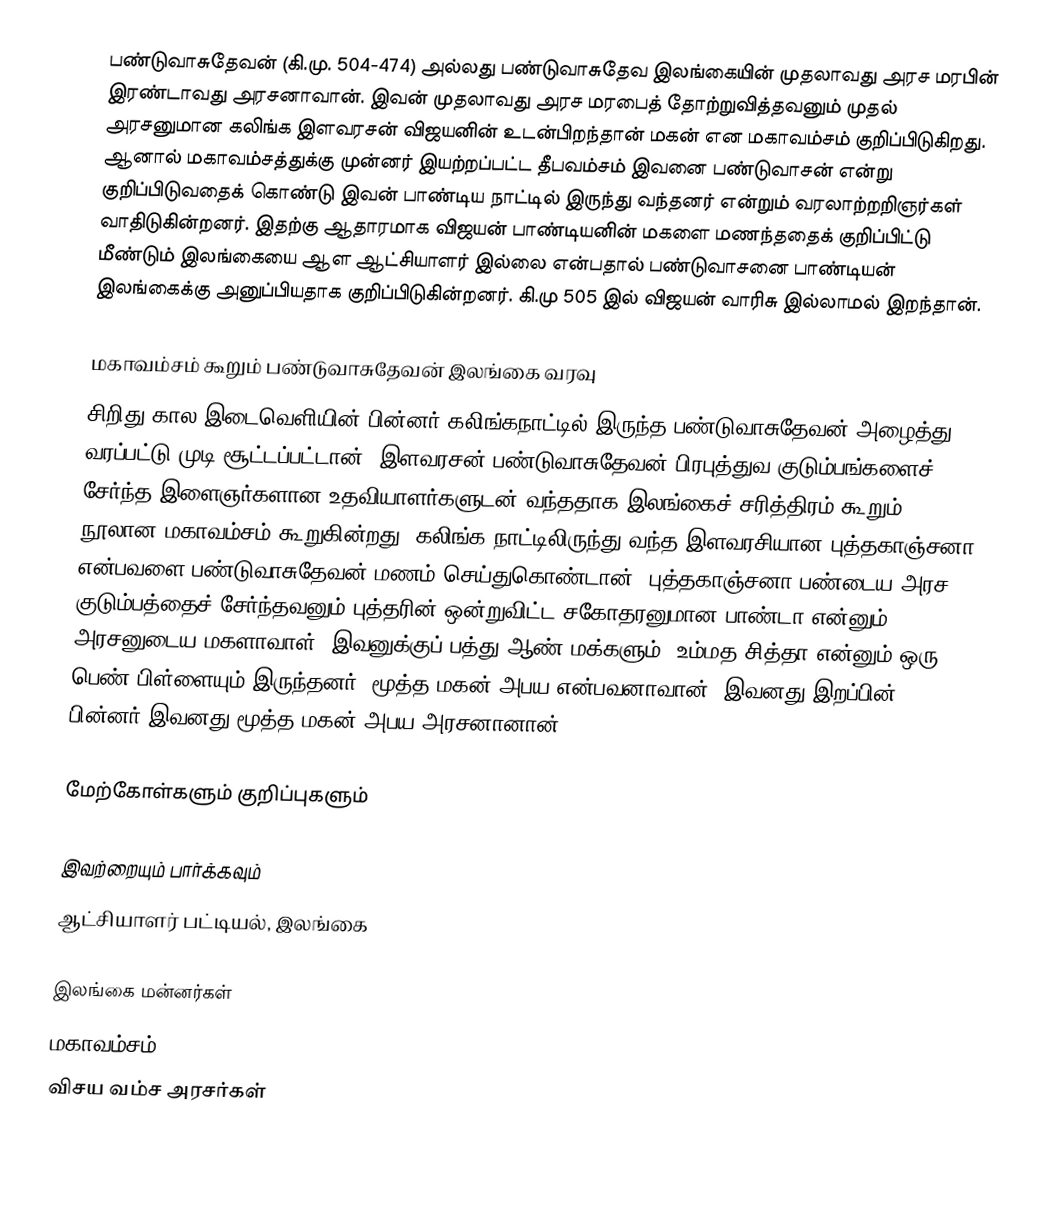
பண்டுவாசுதேவன் (கி.மு. 504-474) அல்லது பண்டுவாசுதேவ இலங்கையின் முதலாவது அரச மரபின் இரண்டாவது அரசனாவான். இவன் முதலாவது அரச மரபைத் தோற்றுவித்தவனும் முதல் அரசனுமான கலிங்க இளவரசன் விஜயனின் உடன்பிறந்தான் மகன் என மகாவம்சம் குறிப்பிடுகிறது. ஆனால் மகாவம்சத்துக்கு முன்னர் இயற்றப்பட்ட தீபவம்சம் இவனை பண்டுவாசன் என்று குறிப்பிடுவதைக் கொண்டு இவன் பாண்டிய நாட்டில் இருந்து வந்தனர் என்றும் வரலாற்றறிஞர்கள் வாதிடுகின்றனர். இதற்கு ஆதாரமாக விஜயன் பாண்டியனின் மகளை மணந்ததைக் குறிப்பிட்டு மீண்டும் இலங்கையை ஆள ஆட்சியாளர் இல்லை என்பதால் பண்டுவாசனை பாண்டியன் இலங்கைக்கு அனுப்பியதாக குறிப்பிடுகின்றனர். கி.மு 505 இல் விஜயன் வாரிசு இல்லாமல் இறந்தான்.

மகாவம்சம் கூறும் பண்டுவாசுதேவன் இலங்கை வரவு
சிறிது கால இடைவெளியின் பின்னர் கலிங்கநாட்டில் இருந்த பண்டுவாசுதேவன் அழைத்து வரப்பட்டு முடி சூட்டப்பட்டான். இளவரசன் பண்டுவாசுதேவன் பிரபுத்துவ குடும்பங்களைச் சேர்ந்த இளைஞர்களான உதவியாளர்களுடன் வந்ததாக இலங்கைச் சரித்திரம் கூறும் நூலான மகாவம்சம் கூறுகின்றது. கலிங்க நாட்டிலிருந்து வந்த இளவரசியான புத்தகாஞ்சனா என்பவளை பண்டுவாசுதேவன் மணம் செய்துகொண்டான். புத்தகாஞ்சனா பண்டைய அரச குடும்பத்தைச் சேர்ந்தவனும் புத்தரின் ஒன்றுவிட்ட சகோதரனுமான பாண்டா என்னும் அரசனுடைய மகளாவாள். இவனுக்குப் பத்து ஆண் மக்களும், உம்மத சித்தா என்னும் ஒரு பெண் பிள்ளையும் இருந்தனர். மூத்த மகன் அபய என்பவனாவான். இவனது இறப்பின் பின்னர் இவனது மூத்த மகன் அபய அரசனானான்.

மேற்கோள்களும் குறிப்புகளும்

இவற்றையும் பார்க்கவும்
 ஆட்சியாளர் பட்டியல், இலங்கை

இலங்கை மன்னர்கள்
மகாவம்சம்
விசய வம்ச அரசர்கள்